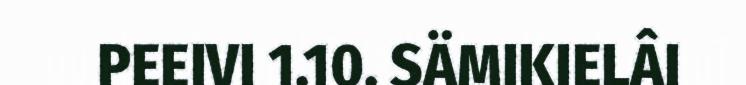
PEEIVI 1.10. SÄMIKIELÂI